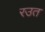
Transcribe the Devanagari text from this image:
रउत